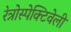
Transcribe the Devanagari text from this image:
रेत्रोस्पेक्टिवेली